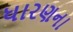
ધારણના